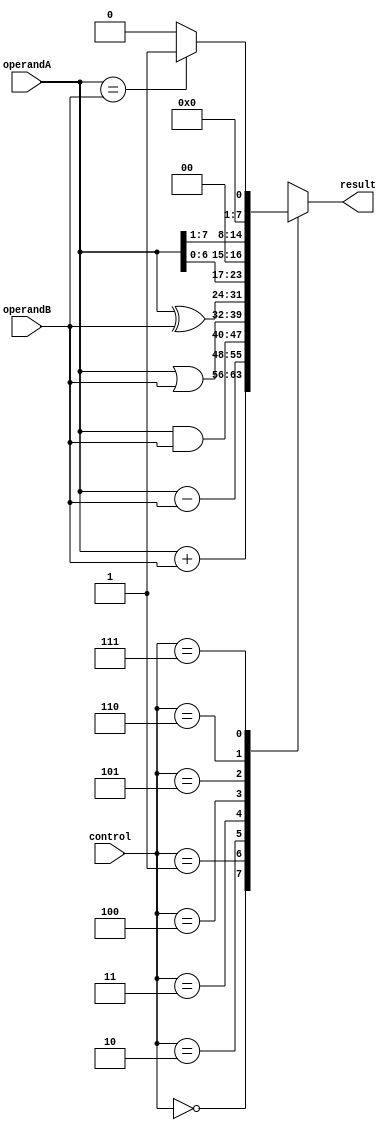
module ALU (
    input wire [7:0] operandA,
    input wire [7:0] operandB,
    input wire [2:0] control,
    output reg [7:0] result
);

always @ (*) begin
    case(control)
        3'b000: result = operandA + operandB; // addition
        3'b001: result = operandA - operandB; // subtraction
        3'b010: result = operandA & operandB; // AND
        3'b011: result = operandA | operandB; // OR
        3'b100: result = operandA ^ operandB; // XOR
        3'b101: result = operandA << 1; // left shift
        3'b110: result = operandA >> 1; // right shift
        3'b111: result = (operandA == operandB) ? 8'b1 : 8'b0; // comparison
    endcase
end

endmodule